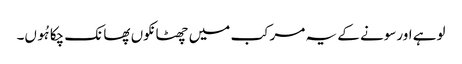
لوہے اورسونے کے یہ مرکب میں چھٹانکوں پھانک چکا ہُوں۔